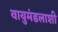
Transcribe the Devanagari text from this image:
वायुमंडलाशी